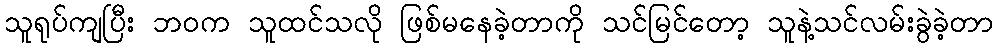
သူရုပ်ကျပြီး ဘဝက သူထင်သလို ဖြစ်မနေခဲ့တာကို သင်မြင်တော့ သူနဲ့သင်လမ်းခွဲခဲ့တာ